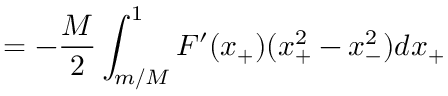
= - \frac M 2 \int _ { m / M } ^ { 1 } F ^ { \prime } ( x _ { + } ) ( x _ { + } ^ { 2 } - x _ { - } ^ { 2 } ) d x _ { + }